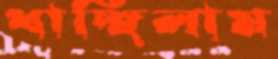
ধাচ্ছিলাম